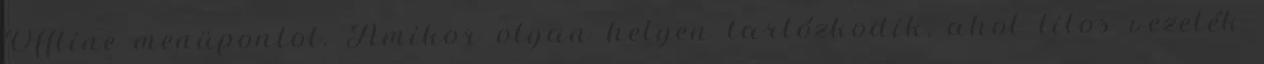
Offline menüpontot. Amikor olyan helyen tartózkodik, ahol tilos vezeték